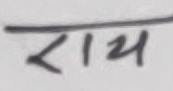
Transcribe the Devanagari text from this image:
राय